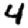
Digit: 4